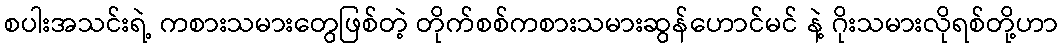
စပါးအသင်းရဲ့ ကစားသမားတွေဖြစ်တဲ့ တိုက်စစ်ကစားသမားဆွန်ဟောင်မင် နဲ့ ဂိုးသမားလိုရစ်တို့ဟာ